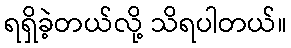
ရရှိခဲ့တယ်လို့ သိရပါတယ်။